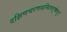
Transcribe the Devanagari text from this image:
दक्षिणचरणसन्धिचतुष्केषु।